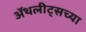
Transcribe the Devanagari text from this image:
ॲथलीट्सच्या